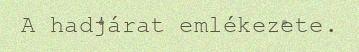
A hadjárat emlékezete.